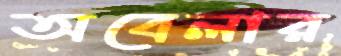
অবেলার